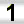
Digit: 1